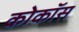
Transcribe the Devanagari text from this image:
कोकॉस